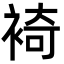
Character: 裿